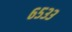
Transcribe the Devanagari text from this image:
६५३३